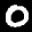
Label: 0